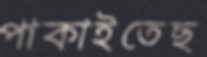
পাকাইতেছ